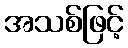
အသစ်ဖြင့်